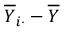
{ \overline { { Y } } } _ { i \cdot } - { \overline { { Y } } }